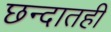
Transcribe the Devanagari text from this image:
छन्दातही